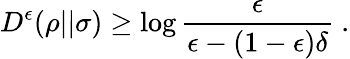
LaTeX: D^{\epsilon}(\rho||\sigma)\geq\log{\frac{\epsilon}{\epsilon-(1-\epsilon)\delta}}~.